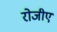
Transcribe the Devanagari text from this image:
रोजीए